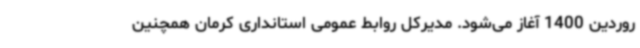
روردین 1400 آغاز می‌شود. مدیرکل روابط عمومی استانداری کرمان همچنین